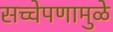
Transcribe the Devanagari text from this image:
सच्चेपणामुळे